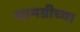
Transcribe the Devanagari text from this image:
सामग्रीच्या